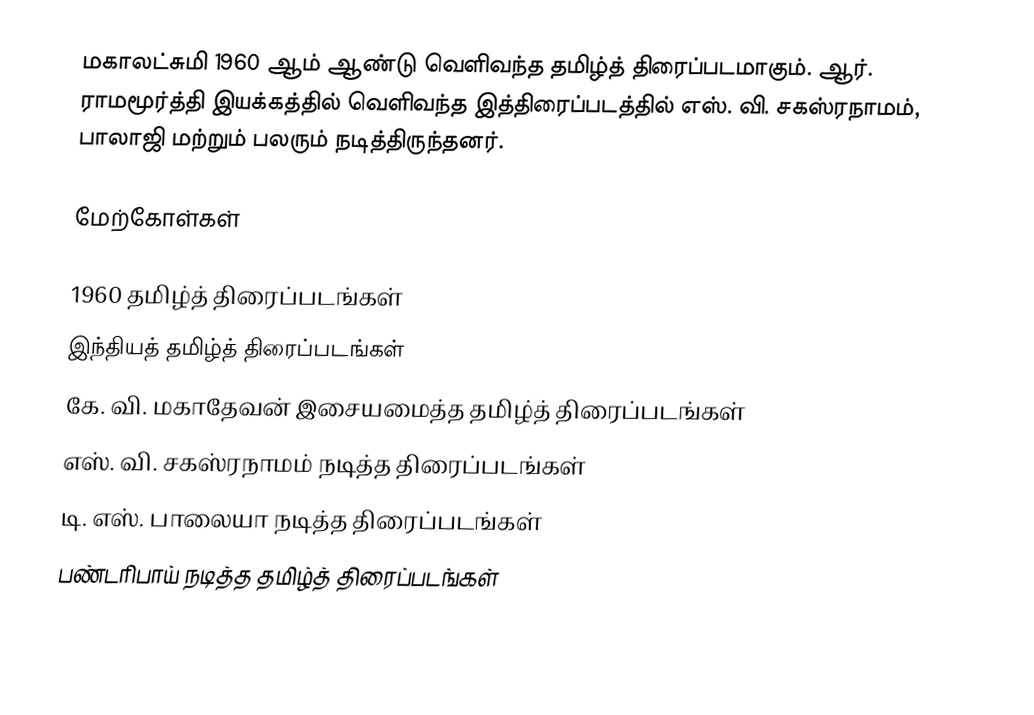
மகாலட்சுமி 1960 ஆம் ஆண்டு வெளிவந்த தமிழ்த் திரைப்படமாகும். ஆர். ராமமூர்த்தி இயக்கத்தில் வெளிவந்த இத்திரைப்படத்தில் எஸ். வி. சகஸ்ரநாமம், பாலாஜி மற்றும் பலரும் நடித்திருந்தனர்.

மேற்கோள்கள்

1960 தமிழ்த் திரைப்படங்கள்
இந்தியத் தமிழ்த் திரைப்படங்கள்
கே. வி. மகாதேவன் இசையமைத்த தமிழ்த் திரைப்படங்கள்
எஸ். வி. சகஸ்ரநாமம் நடித்த திரைப்படங்கள்
டி. எஸ். பாலையா நடித்த திரைப்படங்கள்
பண்டரிபாய் நடித்த தமிழ்த் திரைப்படங்கள்